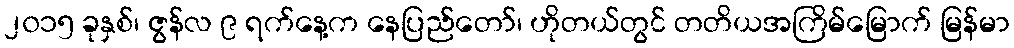
၂၀၁၅ ခုနှစ်၊ ဇွန်လ ၉ ရက်နေ့က နေပြည်တော်၊ ဟိုတယ်တွင် တတိယအကြိမ်မြောက် မြန်မာ